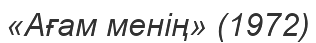
«Ағам менің» (1972)